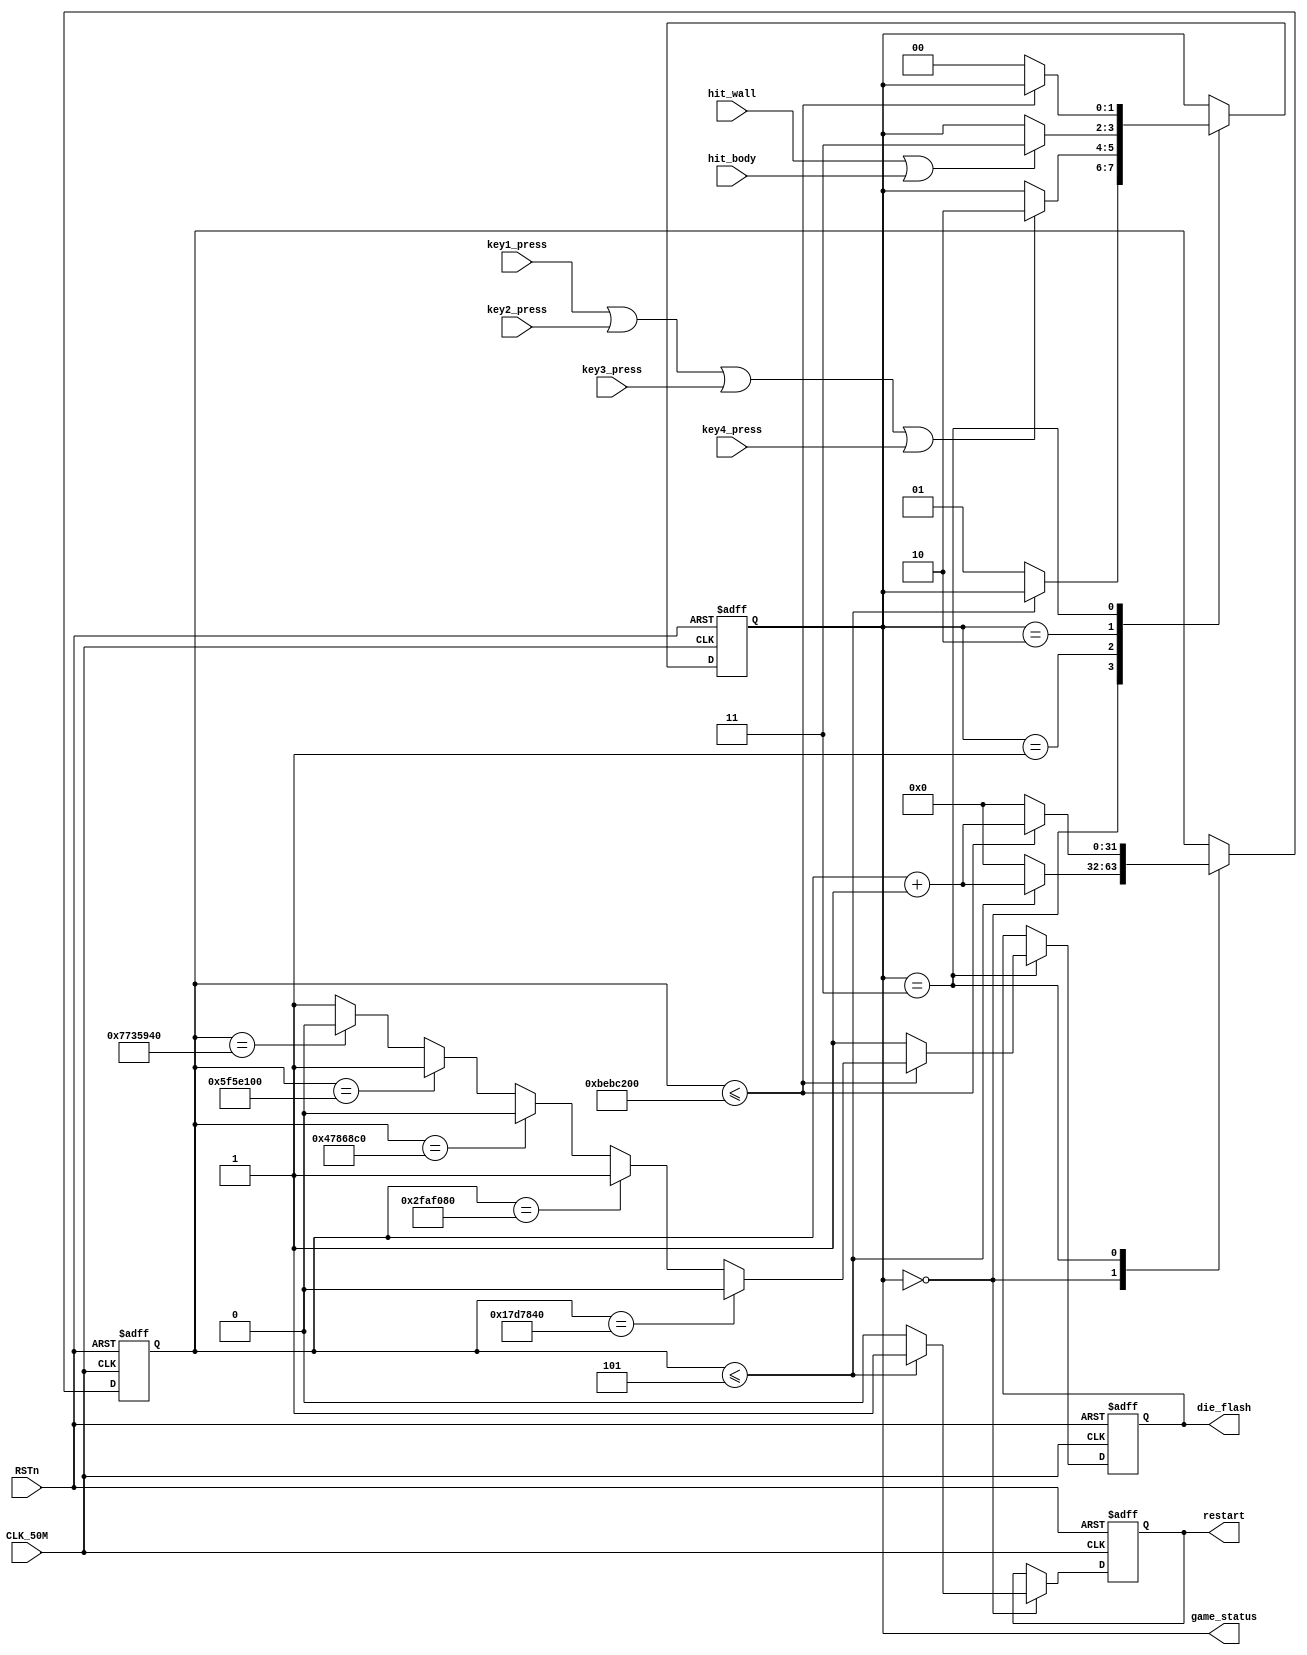
module Game_Ctrl_Unit// 	

(
	input CLK_50M,
	input RSTn,
	
	input key1_press,//4
	input key2_press,
	input key3_press,
	input key4_press,
	
	output reg [1:0] game_status,//4
	
	input hit_wall,//
	input hit_body,//
	
	output reg die_flash,//FLASH
	output reg restart//
		
);
		
	localparam RESTART = 2'b00;
	localparam START = 2'b01;
	localparam PLAY = 2'b10;
	localparam DIE = 2'b11;
	
	reg [31:0] clk_cnt;//32
	
	always@(posedge CLK_50M or negedge RSTn)
	begin
		if(!RSTn)
			begin
				game_status <= START;//START
				clk_cnt <= 0;
				die_flash <= 1;
				restart <= 0;
			end
		else
			begin
				case(game_status)//
					RESTART:
							begin//RESTART
								 if(clk_cnt <= 5)//5
									begin
										clk_cnt <= clk_cnt + 1;
										restart <= 1;
									end
								 else 
									begin
										game_status <= START;
										clk_cnt <= 0;
										restart <= 0;
									end
							end
	
					START:
						  begin//STARTPLAY
								if(key1_press|
									key2_press|
									key3_press|
									key4_press)
									
									game_status <= PLAY;
								else
									game_status <= game_status;
						  end
		
					PLAY://PLAYDIE
							begin
								if(hit_wall|hit_body)
									game_status <= DIE;
								else
									game_status <= game_status;
							end
			/*************************************/
		
					DIE:
						begin//DIE
							if(clk_cnt <= 200_000_000)
								begin
									clk_cnt <= clk_cnt + 1'b1;
									if(clk_cnt == 25_000_000)//0.5S
										die_flash <= 0;
									else if(clk_cnt == 50_000_000)//1.0S
										die_flash <= 1'b1;
									else if(clk_cnt == 75_000_000)//
										die_flash <= 1'b0;
									else if(clk_cnt == 100_000_000)
										die_flash <= 1'b1;
									else if(clk_cnt == 125_000_000)
										die_flash <= 1'b0;
									else if(clk_cnt == 150_000_000)
										die_flash <= 1'b1;
									else
										die_flash <= 1'd1;//~~~
								end                    //	
							else
								begin
									die_flash <= 1;
									clk_cnt <= 0;
									game_status <= RESTART;
								end
						end
				endcase
		   end
	end
	
	endmodule